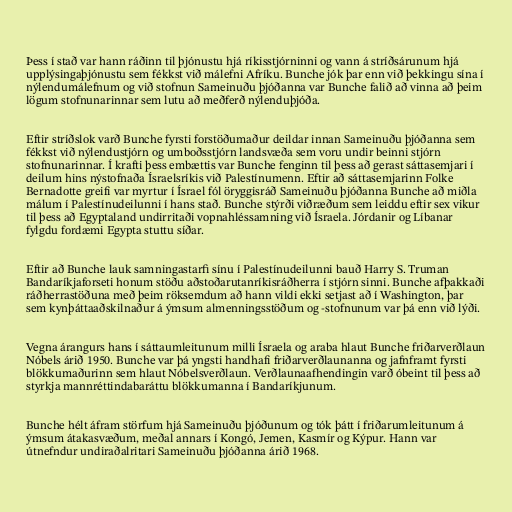
Þess í stað var hann ráðinn til þjónustu hjá ríkisstjórninni og vann á stríðsárunum hjá
upplýsingaþjónustu sem fékkst við málefni Afríku. Bunche jók þar enn við þekkingu sína í
nýlendumálefnum og við stofnun Sameinuðu þjóðanna var Bunche falið að vinna að þeim
lögum stofnunarinnar sem lutu að meðferð nýlenduþjóða.

Eftir stríðslok varð Bunche fyrsti forstöðumaður deildar innan Sameinuðu þjóðanna sem
fékkst við nýlendustjórn og umboðsstjórn landsvæða sem voru undir beinni stjórn
stofnunarinnar. Í krafti þess embættis var Bunche fenginn til þess að gerast sáttasemjari í
deilum hins nýstofnaða Ísraelsríkis við Palestínumenn. Eftir að sáttasemjarinn Folke
Bernadotte greifi var myrtur í Ísrael fól öryggisráð Sameinuðu þjóðanna Bunche að miðla
málum í Palestínudeilunni í hans stað. Bunche stýrði viðræðum sem leiddu eftir sex vikur
til þess að Egyptaland undirritaði vopnahléssamning við Ísraela. Jórdanir og Líbanar
fylgdu fordæmi Egypta stuttu síðar.

Eftir að Bunche lauk samningastarfi sínu í Palestínudeilunni bauð Harry S. Truman
Bandaríkjaforseti honum stöðu aðstoðarutanríkisráðherra í stjórn sinni. Bunche afþakkaði
ráðherrastöðuna með þeim röksemdum að hann vildi ekki setjast að í Washington, þar
sem kynþáttaaðskilnaður á ýmsum almenningsstöðum og -stofnunum var þá enn við lýði.

Vegna árangurs hans í sáttaumleitunum milli Ísraela og araba hlaut Bunche friðarverðlaun
Nóbels árið 1950. Bunche var þá yngsti handhafi friðarverðlaunanna og jafnframt fyrsti
blökkumaðurinn sem hlaut Nóbelsverðlaun. Verðlaunaafhendingin varð óbeint til þess að
styrkja mannréttindabaráttu blökkumanna í Bandaríkjunum.

Bunche hélt áfram störfum hjá Sameinuðu þjóðunum og tók þátt í friðarumleitunum á
ýmsum átakasvæðum, meðal annars í Kongó, Jemen, Kasmír og Kýpur. Hann var
útnefndur undiraðalritari Sameinuðu þjóðanna árið 1968.